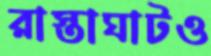
রাস্তাঘাটও